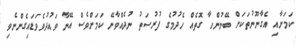
ކަމަށާއި އެގާނޫނުތަކަށް ބޭނުންހާ ގޮތެއް ހެދުމުގެ ފުރުސަތު ނުދެއްވާނޭ ކަމަށްވެސް އޭނާ ވައުދުވެވަޑައިގެންނެވި